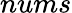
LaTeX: nums